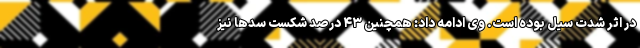
در اثر شدت سیل بوده است. وی ادامه داد: همچنین ۴۳ درصد شکست سدها نیز